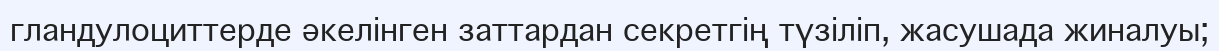
гландулоциттерде әкелінген заттардан секретгің түзіліп, жасушада жиналуы;